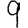
Digit: 9